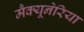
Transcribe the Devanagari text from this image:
मैक्यूनेरिया